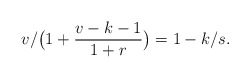
\begin{align*}v/\big(1+\frac{v-k-1}{1+r}\big)=1-k/s.\end{align*}